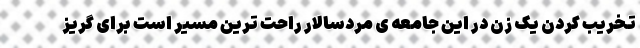
تخریب کردن یک زن در این جامعه ی مردسالار راحت ترین مسیر است برای گریز